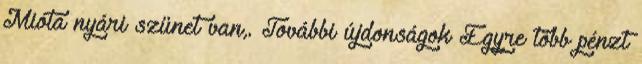
Mióta nyári szünet van,. További újdonságok Egyre több pénzt